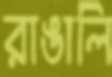
রাঙালি